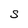
Character: S